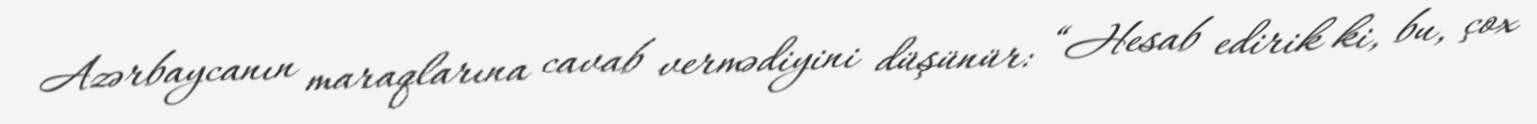
Azərbaycanın maraqlarına cavab vermədiyini düşünür: “Hesab edirik ki, bu, çox